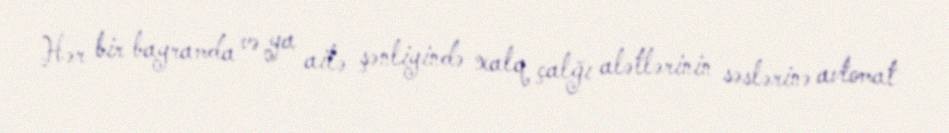
Hər bir bayramda və ya ailə şənliyində xalq çalğı alətlərinin səslərinə avtomat